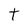
Character: t